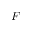
\cal F